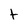
Character: t